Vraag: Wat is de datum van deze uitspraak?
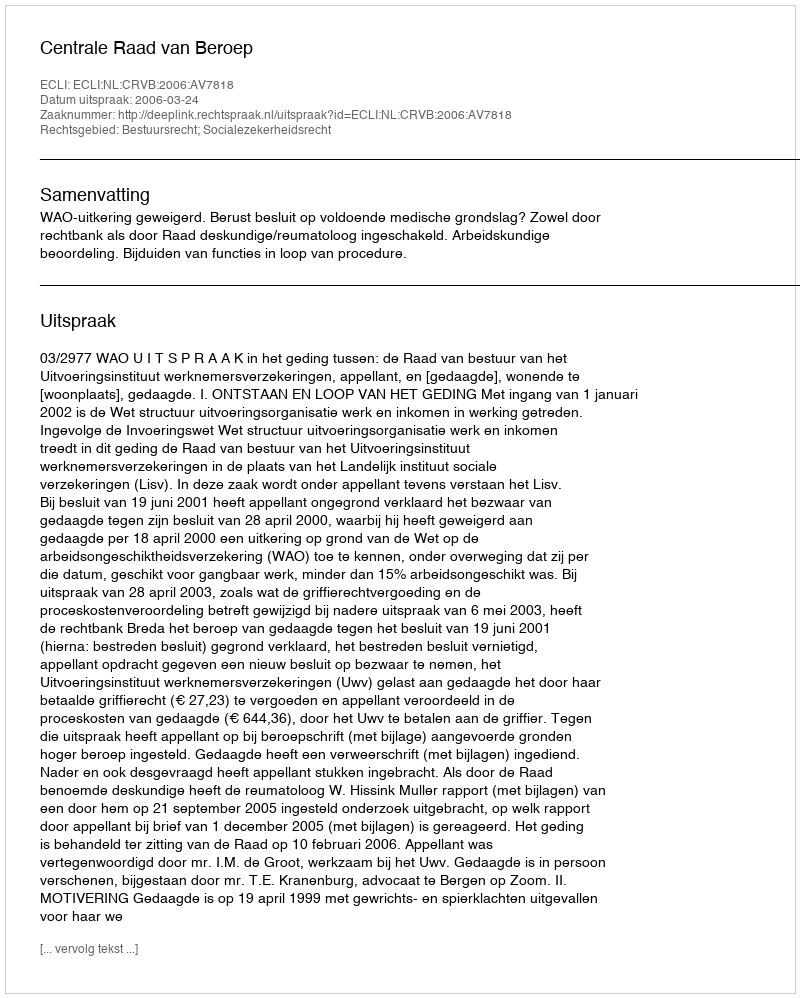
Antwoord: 2006-03-24